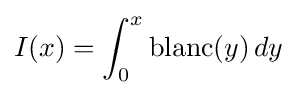
I(x)=\int _{0}^{x}\operatorname {blanc} (y)\,dy